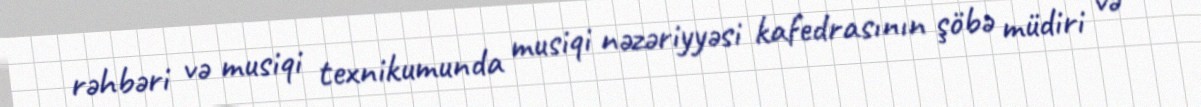
rəhbəri və musiqi texnikumunda musiqi nəzəriyyəsi kafedrasının şöbə müdiri və